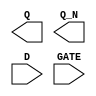
module sky130_fd_sc_hs__dlxbp (
    Q   ,
    Q_N ,
    D   ,
    GATE
);

    output Q   ;
    output Q_N ;
    input  D   ;
    input  GATE;

    // Voltage supply signals
    supply1 VPWR;
    supply0 VGND;

endmodule